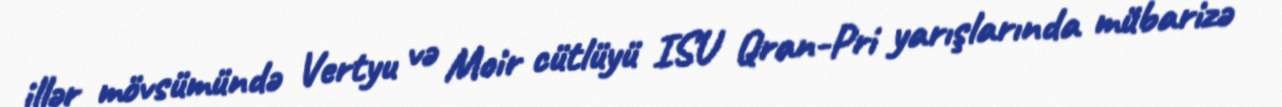
illər mövsümündə Vertyu və Moir cütlüyü ISU Qran-Pri yarışlarında mübarizə